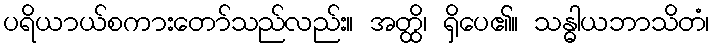
ပရိယာယ်စကားတော်သည်လည်း။ အတ္ထိ၊ ရှိပေ၏။ သန္ဓါယဘာသိတံ၊